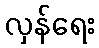
လှန်ရေး